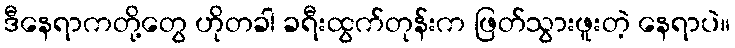
ဒီနေရာကတို့တွေ ဟိုတခါ ခရီးထွက်တုန်းက ဖြတ်သွားဖူးတဲ့ နေရာပဲ။